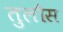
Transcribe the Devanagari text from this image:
तुलौस